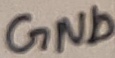
Text: GND